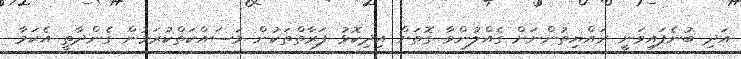
އަދި ބުނެފައިވަނީ ރައްޔިިތުންނަށް ގެއްލުންވާ ގޮތަށް އިދިކޮޅު ފަރާތްތަކުން މަސައްކަތްކުރަމުން ގެންދާތީ އެކަމާ